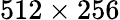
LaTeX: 512\times 256